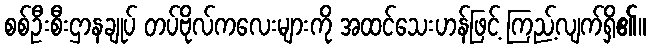
စစ်ဦးစီးဌာနချုပ် တပ်ဗိုလ်ကလေးများကို အထင်သေးဟန်ဖြင့် ကြည့်လျက်ရှိ၏။